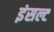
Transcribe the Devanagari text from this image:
इंसल्ट